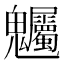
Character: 𮫫